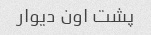
پشت اون دیوار